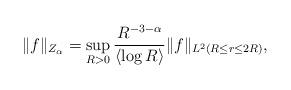
LaTeX: \begin{align*}\| f\|_{Z_{\alpha}}=\sup_{R>0} \frac{R^{-3-\alpha}}{\langle \log R \rangle}\| f\|_{L^2(R\leq r\leq 2R)}, \end{align*}